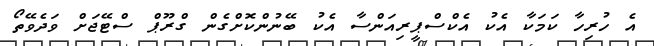
އެ ހުރިހާ ކަމަކާ އެކު އެކްސްޕީރިއަންސާ އެކު ބޭނުންކޮށްގެން ގްރޫޕް ސްޓޭޖަށް ވަދެވޭތޯ